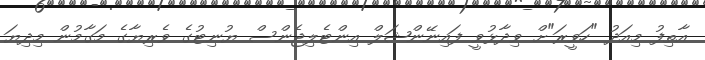
އާތިފު މިއަދު "ހަވީރަ"ށް ވިދާޅުވީ ފައިނޭންޝަލް އިންޓެލިޖެންސް ޔުނިޓުގެ ވެރިޔާގެ މަގާމުން މިދިޔަ